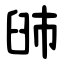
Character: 䑔